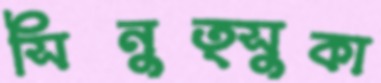
সিনুত্সুকা